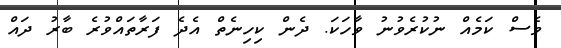
ވެސް ކަމެއް ނުކުރެވުނު ވާހަކަ. ދެން ކިހިނެތް އެދެ ފަރާތައްވުރެ ބާރު ދައް